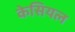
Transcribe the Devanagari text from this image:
केसियल